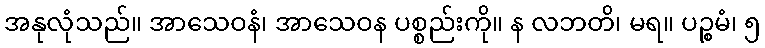
အနုလုံသည်။ အာသေဝနံ၊ အာသေဝန ပစ္စည်းကို။ န လဘတိ၊ မရ။ ပဉ္စမံ၊ ၅